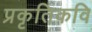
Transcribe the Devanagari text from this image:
प्रकृतिकवि